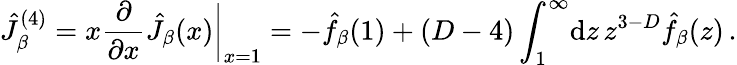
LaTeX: \hat{J}_{\beta}^{(4)}=x{\frac{\partial}{\partial x}}\hat{J}_{\beta}(x)\bigg\vert_{x=1}=-\hat{f}_{\beta}(1)+(D-4)\int_{1}^{\infty}\! \mathrm{d}z\, z^{3-D}\hat{f}_{\beta}(z)\, .